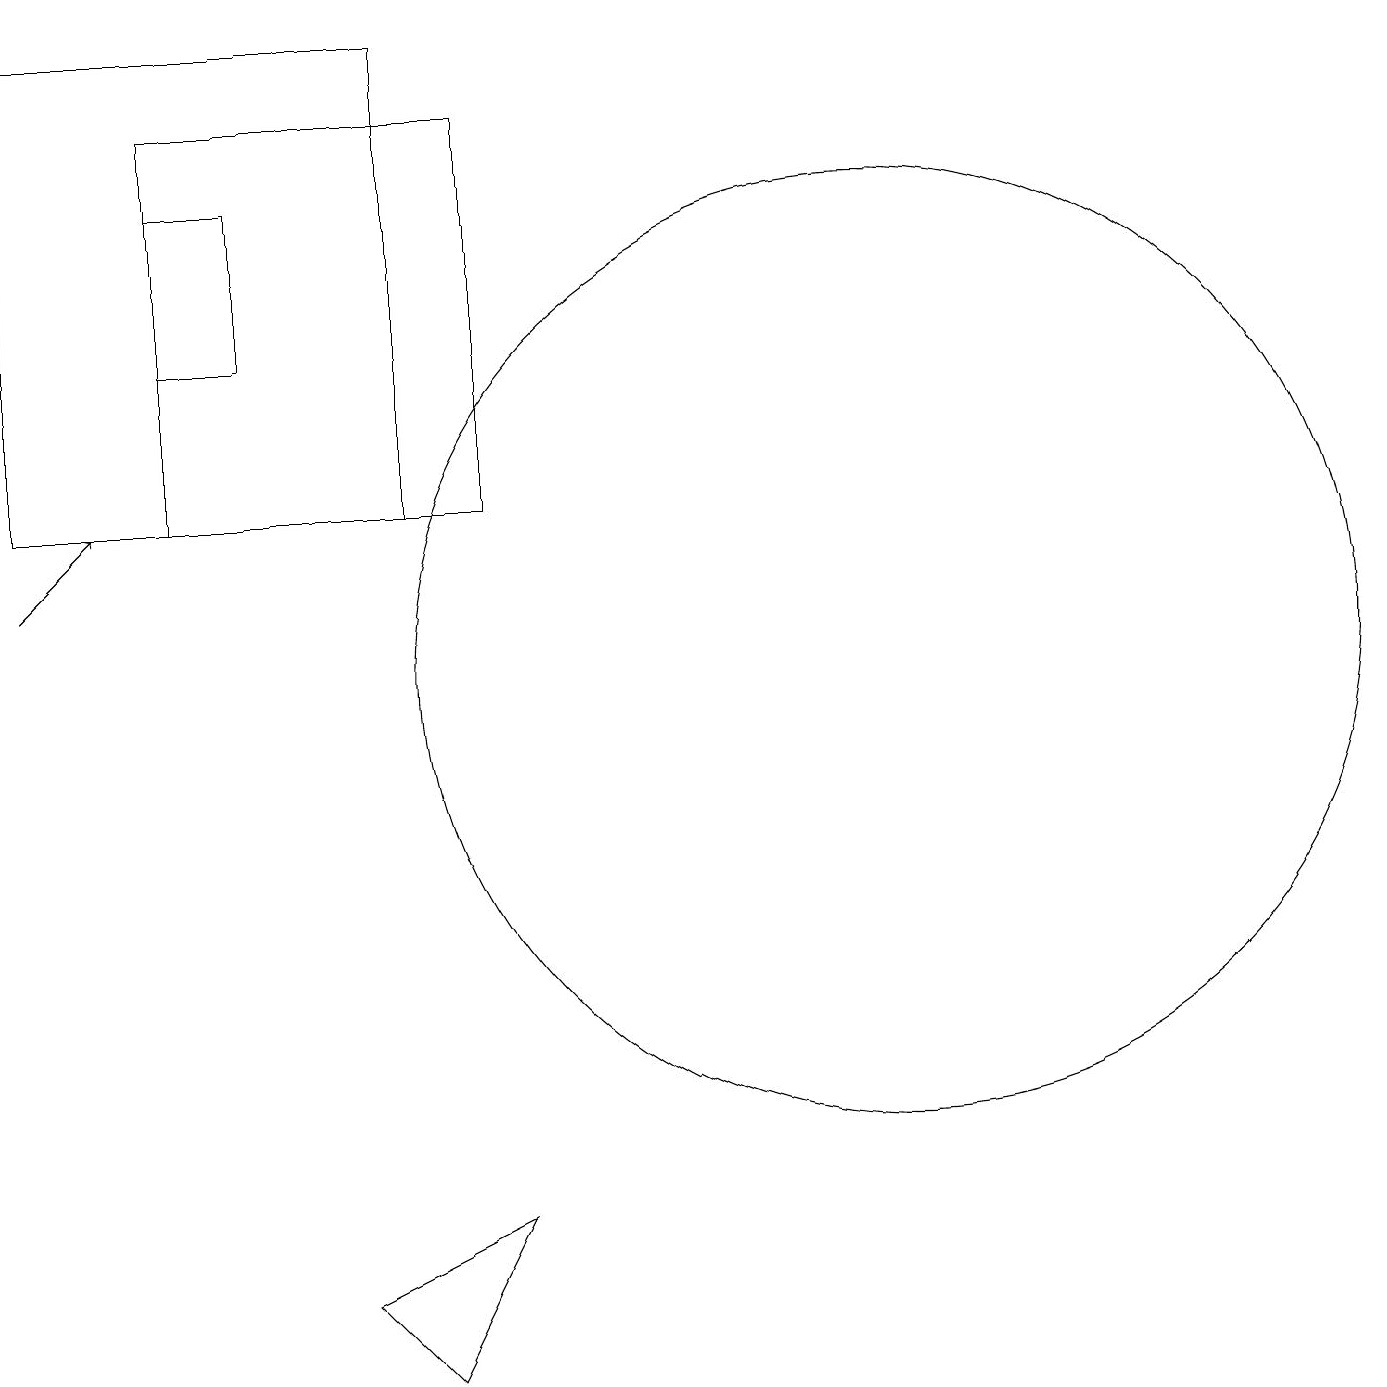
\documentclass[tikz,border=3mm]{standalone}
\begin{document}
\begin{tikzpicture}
\draw (11,10) circle (6);
\draw (2,16) rectangle (3,14);
\draw (2,17) rectangle (6,12);
\draw (11,10) circle (0);
\draw (5,12) rectangle (0,18);
\draw[->] (0,11) -- (1,12);
\draw (5,1) -- (6,3) -- (4,2) -- cycle;
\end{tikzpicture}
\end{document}